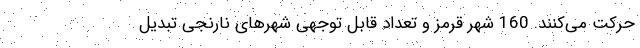
حرکت می‌‌کنند. 160 شهر قرمز و تعداد قابل توجهی شهرهای نارنجی تبدیل